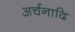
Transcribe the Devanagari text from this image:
अर्चनादि